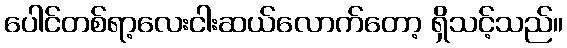
ပေါင်တစ်ရာ့လေးငါးဆယ်လောက်တော့ ရှိသင့်သည်။